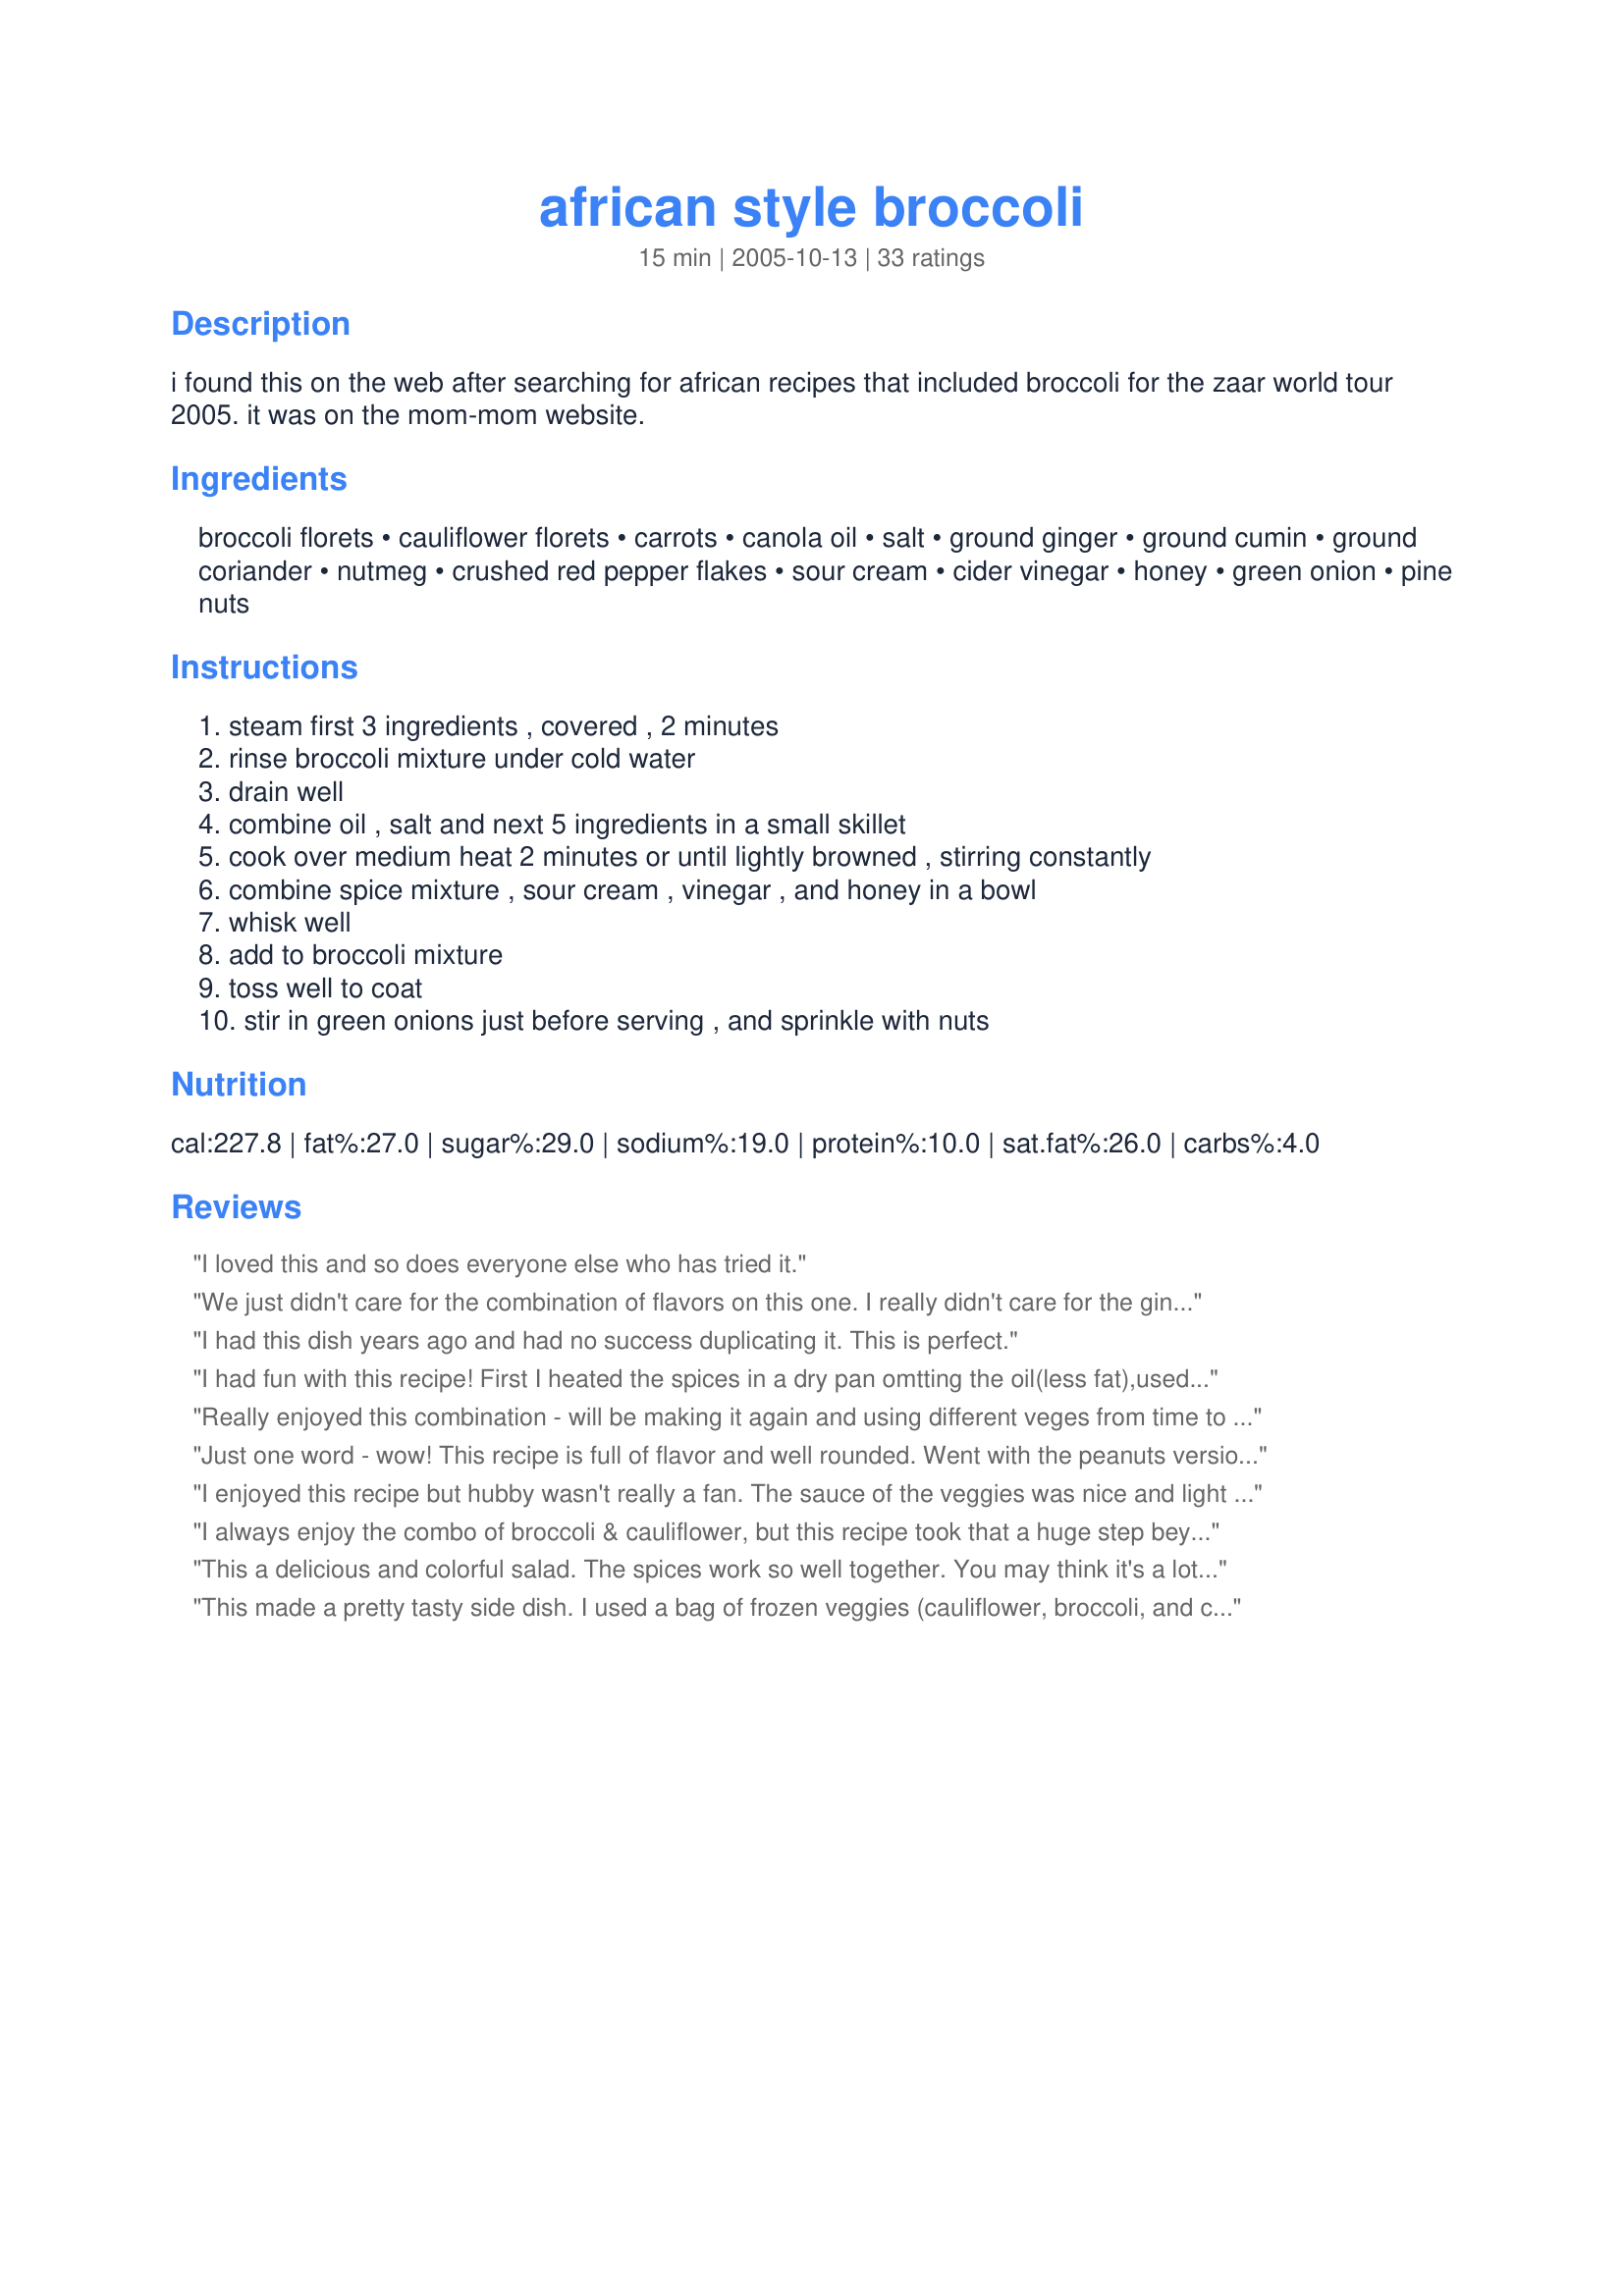
african style broccoli
Preparation time: 15 minutes

i found this on the web after searching for african recipes that included broccoli for the zaar world tour 2005. it was on the mom-mom website.

Ingredients:
broccoli florets, cauliflower florets, carrots, canola oil, salt, ground ginger, ground cumin, ground coriander, nutmeg, crushed red pepper flakes, sour cream, cider vinegar, honey, green onion, pine nuts

Steps:
steam first 3 ingredients , covered , 2 minutes, rinse broccoli mixture under cold water, drain well, combine oil , salt and next 5 ingredients in a small skillet, cook over medium heat 2 minutes or until lightly browned , stirring constantly, combine spice mixture , sour cream , vinegar , and honey in a bowl, whisk well, add to broccoli mixture, toss well to coat, stir in green onions just before serving , and sprinkle with nuts

Reviews:
I loved this and so does everyone else who has tried it.
We just didn't care for the combination of flavors on this one. I really didn't care for the ginger, coriander and nutmeg. Gave it an off balance flavor to us. I think that is just a personal preference for us.
I had this dish years ago and had no success duplicating it. This is perfect.
I had fun with this recipe! First I heated the spices in a dry pan omtting the oil(less fat),used low fat yogurt(healthier), garden broccoli, used onions in place of scallions, and I found purple cauliflower which is why the picture looks as it does! Just loved the spice mixture and the honey! Thanks for waking up my taste buds!
Really enjoyed this combination - will be making it again and using different veges from time to time, as I think it would go with any and certainly makes a yummy change.
Just one word - wow! This recipe is full of flavor and well rounded. Went with the peanuts version and loved it. Thanks for sharing!
I enjoyed this recipe but hubby wasn't really a fan. The sauce of the veggies was nice and light and had a very refreshing flavor. Unfortunately, for veggies to be of interest to hubby, they must be covered in cheese so I doubt we'll be having this again. Thanks for a new take for me, though : )
I always enjoy the combo of broccoli & cauliflower, but this recipe took that a huge step beyond, resulting in AN EXTREMELY NICE TASTING DISH! Loved all the spices here, but I did cut back just a hair on the red pepper flakes ~ Other than that I followed the recipe! Thanks for the great treat! [Made & reviewed while touring Africa during the Zaar World Tour 4]
This a delicious and colorful salad. The spices work so well together. You may think it's a lot of spices, but it's really not overdone. I made it just as written, but used slivered almonds for the nuts. I'll be making this again. Thanx for sharing.
This made a pretty tasty side dish. I used a bag of frozen veggies (cauliflower, broccoli, and carrots) and Greek yogurt instead of sour cream, and it turned out great. I left out the pine nuts though, but wish I had included them now. Thanks for sharing.
I left off the pine nuts, since I didn't have any. This was a good accompaniment to "Spicy African Peanut Soup" and "North African Peanut Butter Candy".
I really enjoyed all of the flavours in this dish. I just knew it'd be wonderful the moment I heated all the spices together and the aromas filled the kitchen. Yum! Instead of sour cream, I used a mayonnaise/cream cheese mixture I had from a previous dinner, and it all worked together so well. I served it hot as a side dish, and it was also great cold the next day. I also skipped the honey, green onions and nuts but I probably will add all of these next time too. I can't wait to make this again! Thanks!
This was a very tasty side dish. We liked it better when hot. Not used to using nutmeg in this sort of a dish and would use a bit less of that next time. As usual with this sort of a dish, I omitted the honey. Thank you for sharing this, it was a great change from the usual side dishes. Made for ZWT4
Another 5 star review. This made an outstanding dinner. I made the recipe and then added in some crab to make it a perfect summer meal. I didn't have pine nuts so sprinkled on a few chopped walnuts, they worked. I love the spicing in this. I really can't add anything about this lovely recipe that hasn't been said. It's a keeper.
I didn't rate it because I must have done something very very wrong. Can vinegar go bad? On the plus side we did get 20 minutes worth of hysterical laughter after everyone realized that they were collectively trying not to offend my by mentioning how horrible it was. As I said, I think something I used was spoilt. It couldn't possibly have been supposed to taste like it did.
This is a yummy salad! So flavor packed and healthful. My family loved it. Thanks for posting. Be well. Nan
The sauce is beautiful!
We guestimated the vegie amounts for the 2 of us & left the cauli out, because we're not keen on it. We still made the directed amount of sauce (with freshly crushed ginger & red chilli) & really enjoyed it over the rest of our dinner of grilled fish & baked potato, too.
I also think it'd be really nice as a dressing on the right salad.
This was very good. I agree that the sauce can be used on most any veggie. The kids weren't thrilled but didn't hate it either which counts for something, lol. Thanks, Cheryl!
Best broccoli I have ever eaten! I used half yoghurt half mayo for the sour cream and malt vinegar as that was what was on hand. Had to leave off the honey so added a little sugar; beautiful! Used a bit more chili flakes than called for and definately go the peanuts! Thanks for a lovely recipe Cheryl!
Very tasty! I used the dressing on hot vegies, though, as a sidedish, rather than a salad. Just make sure not to heat sour cream to high, or it will separate.
What an unusual combination of flavors. Very good. Used vegan sour cream and golden syrup in place of honey to make the dish vegan. Peanuts instead of pine nuts are definitely the way to go!
Sorry - We really didn&#039;t care for this.
I absolutely loved the sauce. I made as written! Hubby wanted the vegies raw and I didn't know it so it wasn't good for him but I will make again for me.I used slivered almonds instead of peanuts. The honey with the spices and sour cream was really super. This would go well with 
any fish dish.
ZWT4: Wow - I really enjoyed this different way to prepare and serve my favorite veggies!! A refreshing dressing and great side dish all-together!!
Wonderful! I could have made this a meal all on its own. I love this combination of veggies and wouldn't change a thing. Made for ZWT4 for the Tastebud Tickling Travellers.
This is the second time I've made this and I love it! The first time I used sour cream and pine nuts and the second time I use plain yogurt and crushed peanuts. The yogurt worked fine but I liked it better with pine nuts. Also, it's important to let the veggies cool a bit before adding the sour cream - I didn't do that and the heat made the sour cream too runny. Great recipe!
A fun way to make a side salad. I took this to a potluck and everyone who tried it was impressed. I gave the recipe out to a bunch of gals. Reviewed for ZWTIII
Great recipe. I liked it as is. The next time I made a few alterations and I liked it even better. I omitted the coriander and used fresh celantro (1/2 cup chopped) instead. I also added one tbs of lime juice. Yum yum.
Thank you Thank you!!
When I first saw the list of ingredients....I was going to shy away from it...but it was simple and very good!!
DH says WOW...


Well, I loved this! My family didn't care for it, but I halved the recipe and now can eat it all by myself. Yummy! Thank you Cheryl!
My DH absolutely devoured this!!!! Great mix of flavors!
This is a delicious salad that is very easy to put together. The flavors compliment the vegetables nicely. I used yogurt in place of the sour cream and garnished with the pine nuts.
Dh went crazy for this, saying if you had to eat broccoli, cauliflower and carrots, this was the way to do it. I agree. This spice mixture, browned, is positively addictive. We loved the peanut version. Only change I made was to use 1/2 yogurt, 1/2 mayo as I had no sour cream on hand. This dressing would be great on just about any vegetable, I should think.
